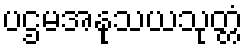
ပဌမအနုသယသုတ္တံ